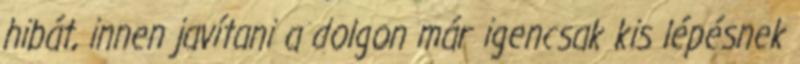
hibát, innen javítani a dolgon már igencsak kis lépésnek